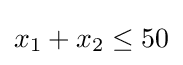
x_{1}+x_{2}\leq 50